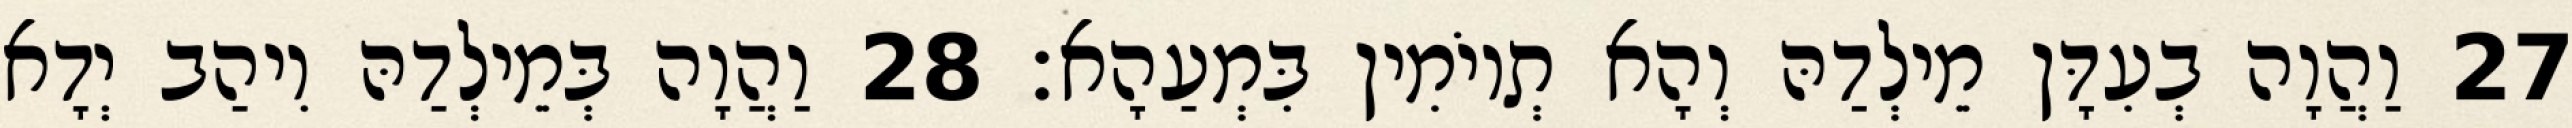
27 וַהֲוָה בְעִדָּן מֵילְדַהּ וְהָא תְיוֹמִין בִּמְעַהָא׃ 28 וַהֲוָה בְּמֵילְדַהּ וִיהַב יְדָא